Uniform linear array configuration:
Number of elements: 32
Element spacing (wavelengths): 0.5
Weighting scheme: cosine
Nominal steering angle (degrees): -15
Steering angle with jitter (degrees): -13.375
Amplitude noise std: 0.05
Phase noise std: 0.05

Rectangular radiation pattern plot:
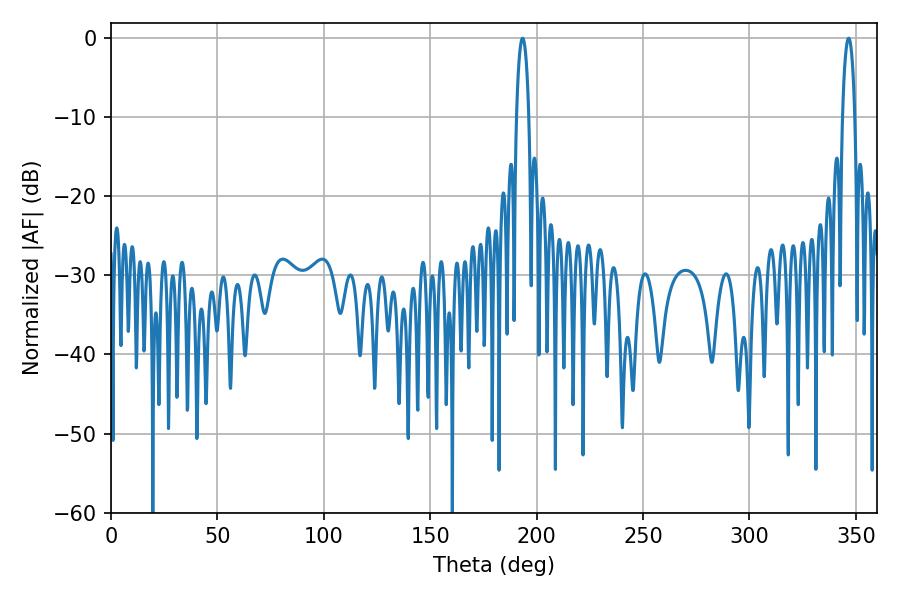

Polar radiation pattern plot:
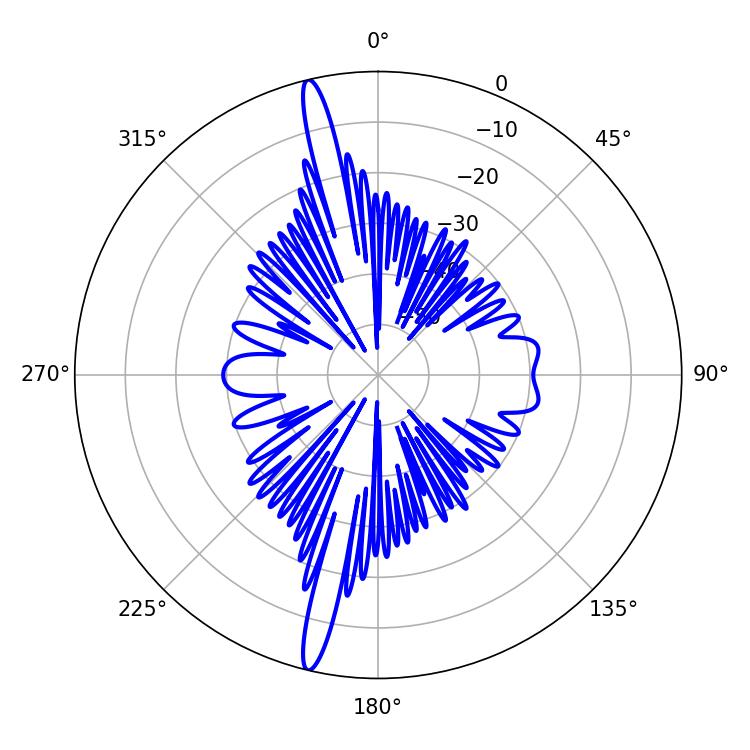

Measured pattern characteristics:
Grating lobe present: FALSE
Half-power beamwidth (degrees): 3.24
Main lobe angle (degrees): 193.32